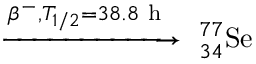
\xrightarrow { \beta ^ { - } , T _ { 1 / 2 } = 3 8 . 8 \mathrm { ~ h ~ } } \ _ { 3 4 } ^ { 7 7 } \mathrm { S e }